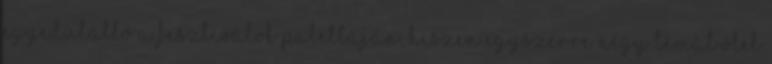
egyedülálló a fesztiválok palettáján, hiszen egyszerre négy témát ölel